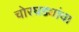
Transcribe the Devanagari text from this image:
चोरघड्यांचा